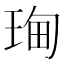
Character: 𮴝